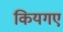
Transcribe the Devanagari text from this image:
कियगए